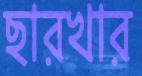
ছারখার